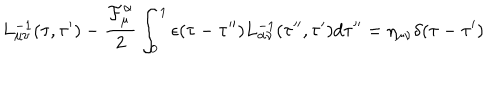
L _ { \mu \nu } ^ { - 1 } ( \tau , \tau ^ { \prime } ) - \frac { { \cal F } _ { \mu } ^ { \alpha } } { 2 } \int _ { 0 } ^ { 1 } \epsilon ( \tau - \tau ^ { \prime \prime } ) L _ { \alpha \nu } ^ { - 1 } ( \tau ^ { \prime \prime } , \tau ^ { \prime } ) d \tau ^ { \prime \prime } = \eta _ { \mu \nu } \delta ( \tau - \tau ^ { \prime } )